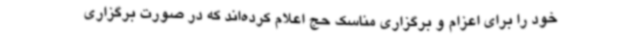
خود را برای اعزام و برگزاری مناسک حج اعلام کرده‌اند که در صورت برگزاری